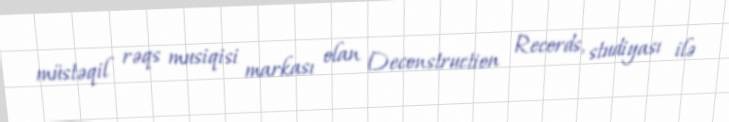
müstəqil rəqs musiqisi markası olan Deconstruction Records, studiyası ilə